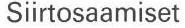
Siirtosaamiset